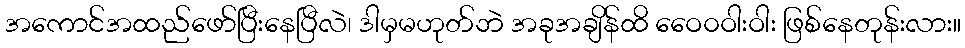
အကောင်အထည်ဖော်ပြီးနေပြီလဲ၊ ဒါမှမဟုတ်ဘဲ အခုအချိန်ထိ ဝေေ၀ဝါးဝါး ဖြစ်နေတုန်းလား။